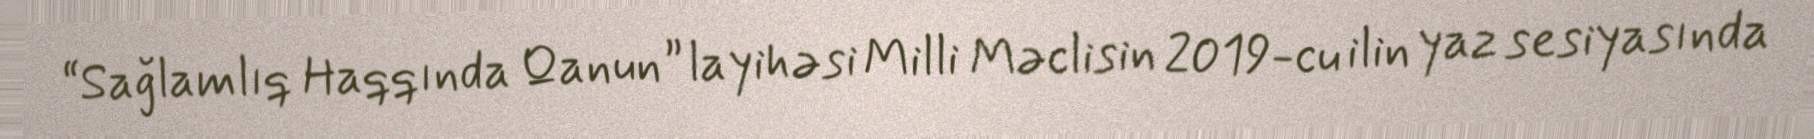
“Sağlamlıq Haqqında Qanun” layihəsi Milli Məclisin 2019-cu ilin yaz sesiyasında